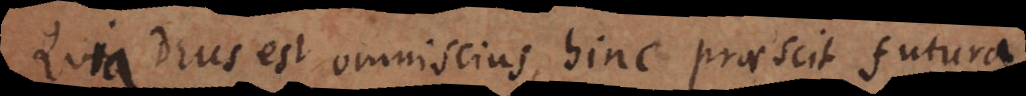
Quia Deus est omniscius, hinc praescit futura